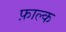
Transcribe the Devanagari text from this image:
फ़ाल्क